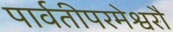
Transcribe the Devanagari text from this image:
पार्वतीपरमेश्वरौ